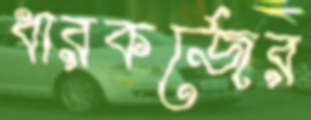
ধারকর্জের